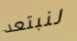
لنبتعد